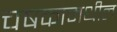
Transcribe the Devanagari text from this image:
चषकामधील